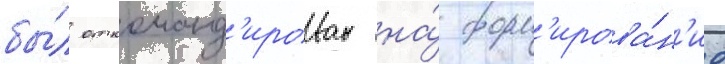
бы́л откоманд'ирован на́ форм'ирова́н'ие